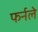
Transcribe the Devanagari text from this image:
फर्नले